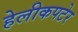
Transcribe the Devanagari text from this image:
हेलीकपटेर